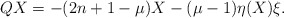
\begin{align*}QX=-(2n+1-\mu)X-(\mu-1)\eta(X)\xi.\end{align*}